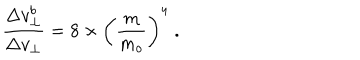
LaTeX: { \frac { \Delta v _ { \bot } ^ { b } } { \Delta v _ { \bot } } } = 8 \times \left( { \frac { m } { m _ { o } } } \right) ^ { 4 } \; .